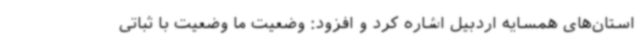
استان‌های همسایه اردبیل اشاره کرد و افزود: وضعیت ما وضعیت با ثباتی